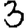
Digit: 3